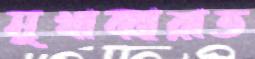
মুখাব্বারাত